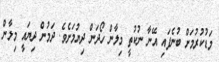
މަޑުކުރުމަށް ބުނެފައި އޭނާ ނުކުތީ މިލާން ހޯދަން ދިޔުމަށެވެ. ދަމުން ދިޔައީ މިލާން